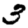
Digit: 3